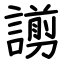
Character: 謭